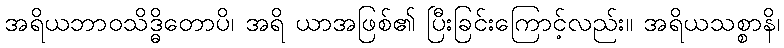
အရိယဘာဝသိဒ္ဓိတောပိ၊ အရိ ယာအဖြစ်၏ ပြီးခြင်းကြောင့်လည်း။ အရိယသစ္စာနိ၊